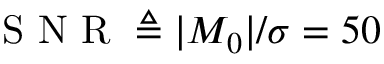
\mathrm { ~ S ~ N ~ R ~ } \triangleq | M _ { 0 } | / \sigma = 5 0